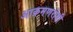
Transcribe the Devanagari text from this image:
आक्रमणरोधी